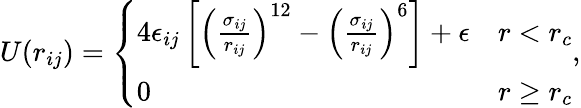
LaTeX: U(r_{ij})=\left\{ \begin{array}{ll}{4\epsilon_{ij}\left[\left(\frac{\sigma_{ij}}{r_{ij}}\right)^{12}-\left(\frac{\sigma_{ij}}{r_{ij}}\right)^{6}\right]+\epsilon}&{r<r_{c}}\\ {0}&{r\geq r_{c}}\end{array}\right.,